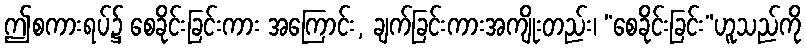
ဤစကားရပ်၌ စေခိုင်းခြင်းကား အကြောင်း, ချက်ခြင်းကားအကျိုးတည်း၊ “စေခိုင်းခြင်း”ဟူသည်ကို